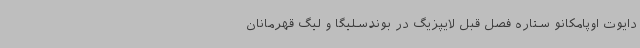
دایوت اوپامکانو ستاره فصل قبل لایپزیگ در بوندسلیگا و لیگ قهرمانان